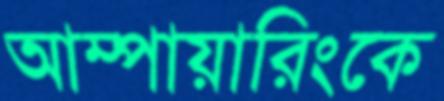
আম্পায়ারিংকে